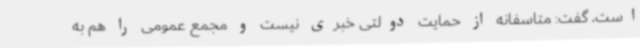
است، گفت: متاسفانه از حمایت دولتی خبری نیست و مجمع عمومی را هم به